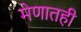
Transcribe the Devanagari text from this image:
मेणातही